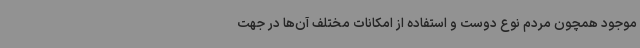
موجود همچون مردم نوع دوست و استفاده از امکانات مختلف آن‌ها در جهت